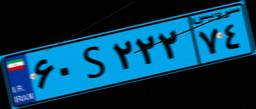
۶۰S۲۲۲۷۴